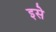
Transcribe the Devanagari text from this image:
इसे